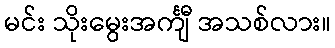
မင်း သိုးမွေးအင်္ကျီ အသစ်လား။